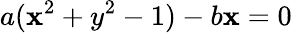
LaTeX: a(\mathbf{x}^{2}+y^{2}-1)-b\mathbf{x}=0